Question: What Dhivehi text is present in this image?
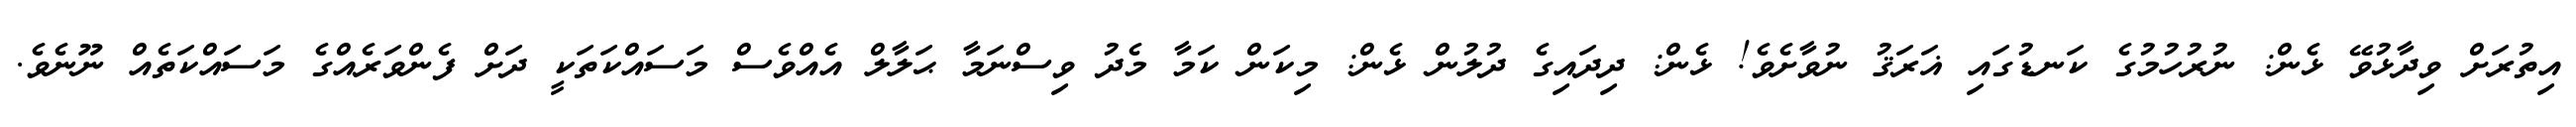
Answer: އިތުރަށް ވިދާޅުވޭ ޅެން: ނުރުހުމުގެ ކަނޑުގައި ޣަރަޤު ނުވާށެވެ! ޅެން: ދިދައިގެ ދުލުން ޅެން: މިކަން ކަމާ މެދު ވިސްނަމާ ޙަލާލް އެއްވެސް މަސައްކަތަކީ ދަށް ފެންވަރެއްގެ މަސައްކަތެއް ނޫނެވެ.